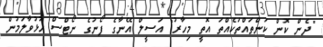
"ދެން ކޮން ކަންތައްތަކެއްތަ އޮތީ މިހާރު" އަސީލް އޭނާގެ ފޯނުގެ ނޯޓްސް ހުޅުވާލަމުން